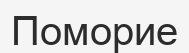
Поморие